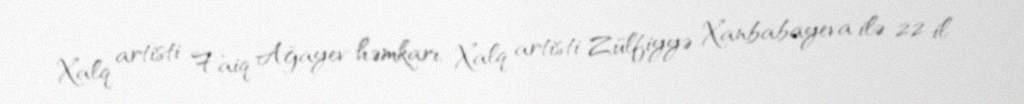
Xalq artisti Faiq Ağayev həmkarı, Xalq artisti Zülfiyyə Xanbabayeva ilə 22 il